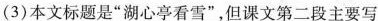
(3)本文标题是”湖心亭看雪”，但课文第二段主要写